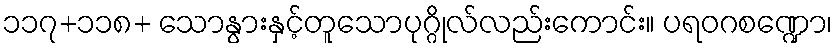
၁၁၇+၁၁၈+ သောနွားနှင့်တူသောပုဂ္ဂိုလ်လည်းကောင်း။ ပရဝဂစဏ္ဍော၊